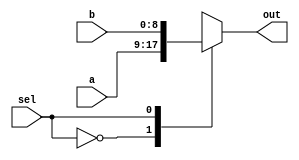
module mux2by1 #(
   parameter N=9
) (
    input [N-1:0] a,b, input  sel , output reg [N-1:0]  out
);
    always @(*) begin
        case (sel)
            1'b0: out = a;
            1'b1: out = b;
            default:  out = 0;
        endcase
        
    end
endmodule